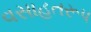
વસાહતરૂપ